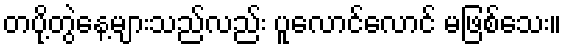
တပို့တွဲနေ့များသည်လည်း ပူလောင်လောင် မဖြစ်သေး။